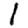
Digit: 1